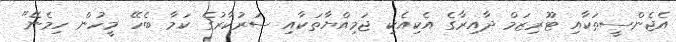
އެޖެންސީތަކާއި ޓޫރިޒަމް ދާއިރާގެ އެކިއެކި ޖަމިއްޔާތަކާއި ސަރުކާރުގެ ކަމާ ބެހޭ މީހުން ހިމެނޭ"